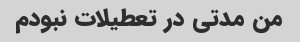
من مدتی در تعطیلات نبودم